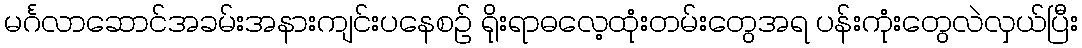
မင်္ဂလာဆောင်အခမ်းအနားကျင်းပနေစဉ် ရိုးရာဓလေ့ထုံးတမ်းတွေအရ ပန်းကုံးတွေလဲလှယ်ပြီး